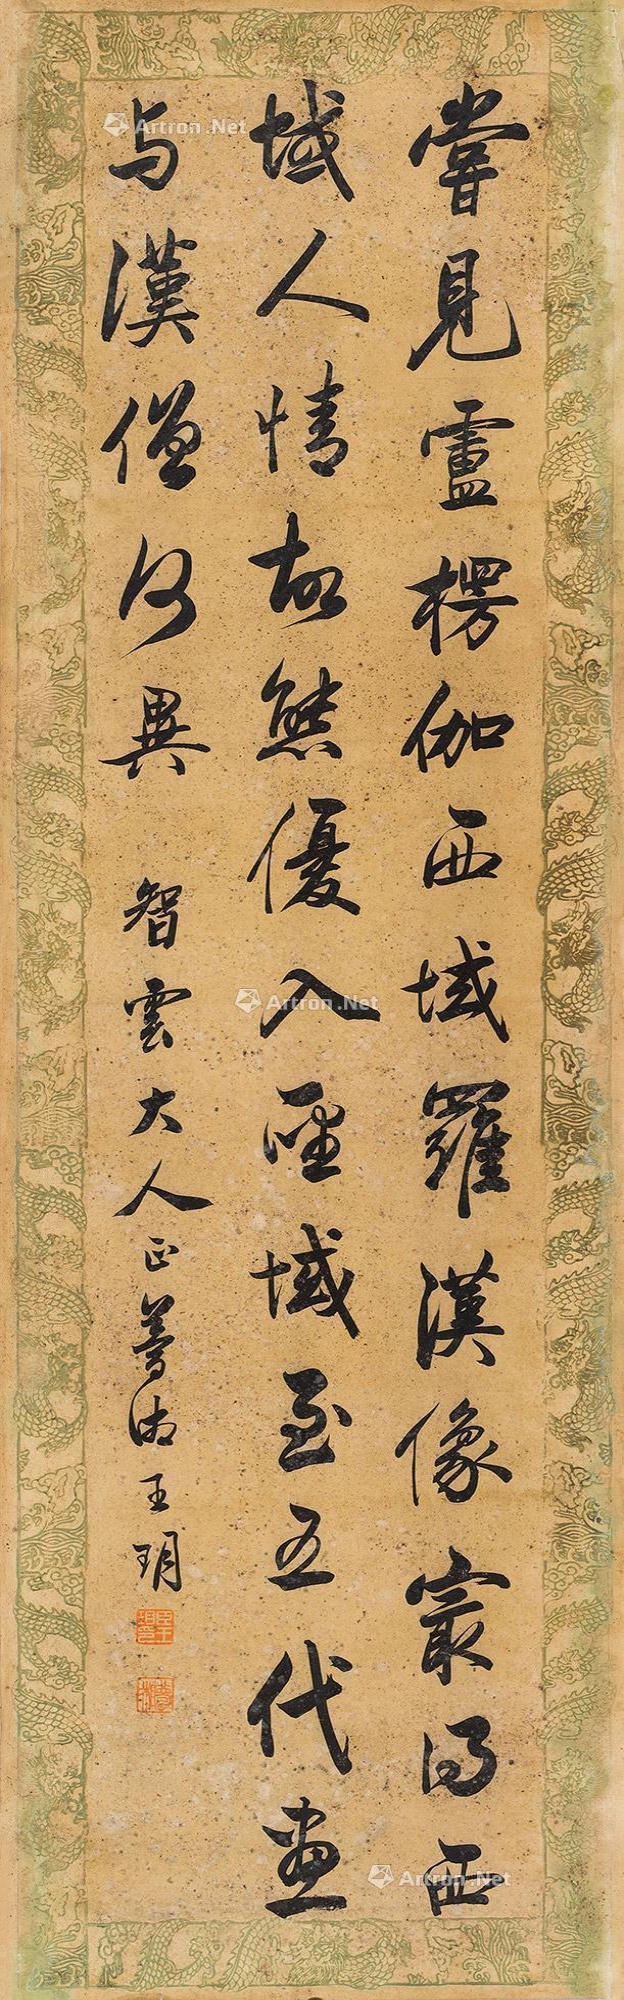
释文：尝见卢楞伽《西域罗汉像》最得西域人情故态，优入圣域。至五代画，与汉僧何异？智云大人正，梦湘王玥。